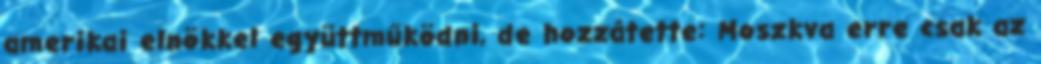
amerikai elnökkel együttműködni, de hozzátette: Moszkva erre csak az